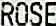
ROSE